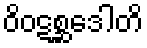
ဝိဝဋစ္ဆဒေါတိ